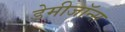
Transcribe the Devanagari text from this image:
डेमीजॉन्स